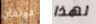
دونفان لهذا